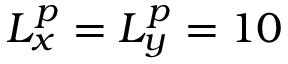
L _ { x } ^ { p } = L _ { y } ^ { p } = 1 0